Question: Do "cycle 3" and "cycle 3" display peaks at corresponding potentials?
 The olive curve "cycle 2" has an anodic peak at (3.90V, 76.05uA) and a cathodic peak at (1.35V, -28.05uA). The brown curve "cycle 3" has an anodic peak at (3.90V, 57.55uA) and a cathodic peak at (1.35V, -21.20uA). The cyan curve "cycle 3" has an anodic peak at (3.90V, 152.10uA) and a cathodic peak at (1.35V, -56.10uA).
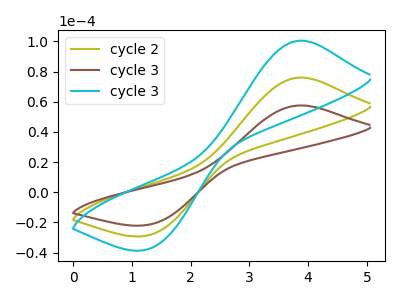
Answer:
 <answer>Yes, "cycle 3" have a peak in "cycle 3" at the same potential.</answer>
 <eval>match</eval>